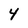
Character: 4